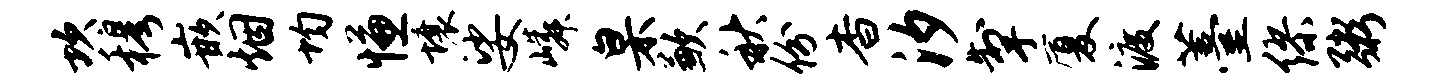
坎穆嵌烟均慊壤娑嶙臬歉秋份杳汐掣厦渡薹缪粥